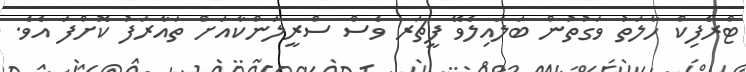
ޓްރެފިކް ހާލަތު ވަގުތުން ބަލައިލެވޭ ފީޗަރ ވެސް ސްރީލަންކާއަށް ތައާރަފު ކޮށްފަ އެވެ.